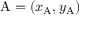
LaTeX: \mathrm { A } = ( x _ { \mathrm { A } } , y _ { \mathrm { A } } )